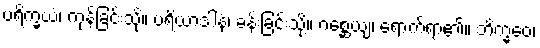
ပရိက္ခယံ၊ ကုန်ခြင်းသို့။ ပရိယာဒါနံ၊ ခန်းခြင်းသို့။ ဂစ္ဆေယျ၊ ရောက်ရာ၏။ ဘိက္ခဝေ၊